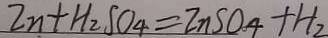
2 n + H _ { 2 } S O _ { 4 } = 2 n S O _ { 4 } + H _ { 2 }